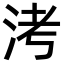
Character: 洘